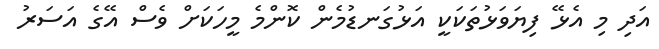
އަދި މި އެޅޭ ފިޔަވަޅުތަކަކީ އަޅުގަނޑުމެން ކޮންމެ މީހަކަށް ވެސް އޭގެ އަސަރު